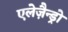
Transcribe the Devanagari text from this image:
एलेज़ैन्ड्रो